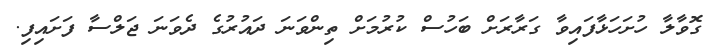
ގޮވާލާ ހުށަހަޅާފައިވާ ގަރާރަށް ބަހުސް ކުރުމަށް ތިންވަނަ ދައުރުގެ ދެވަނަ ޖަލްސާ ފަށައިފި.